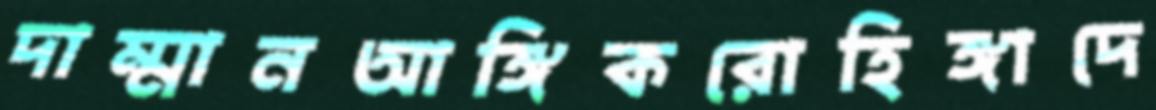
দাম্মানআঙ্গিকরোহিঙ্গাদে